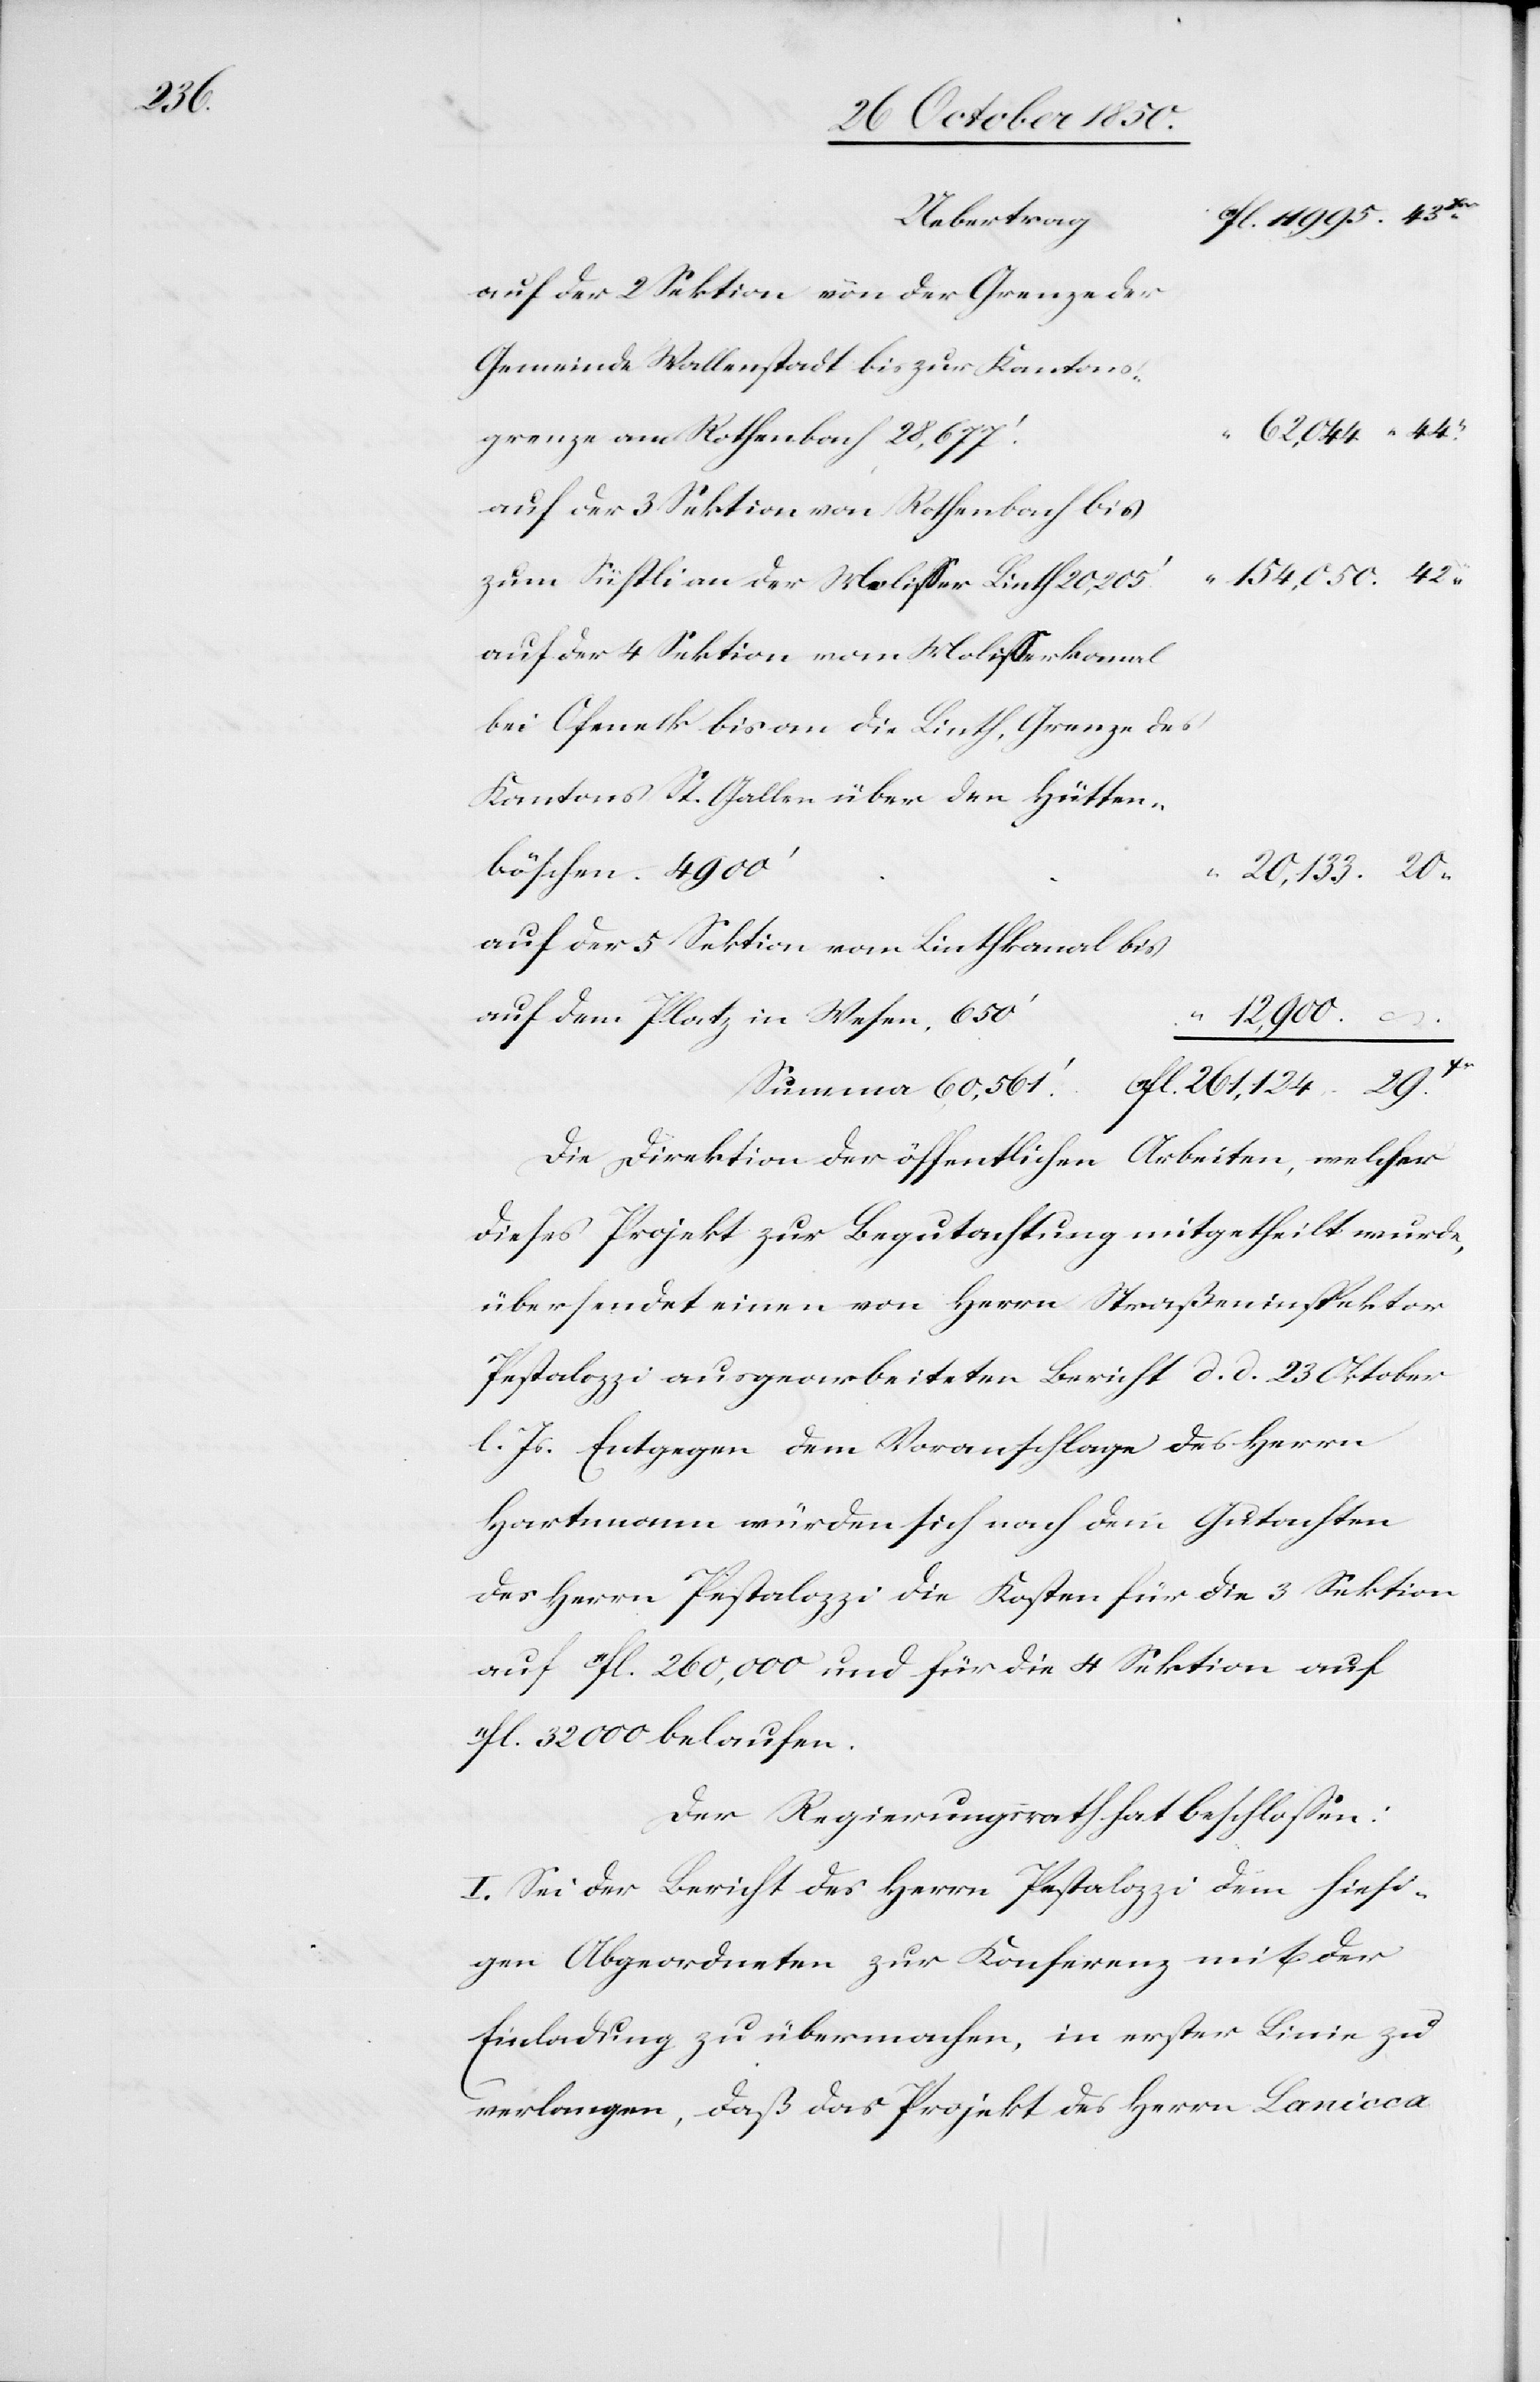
11fl.

Uebertrag
auf der 2 Sektion von der Grenze der
Gemeinde Wallenstadt bis zur Kantons¬
62,044
grenze am Rothenbach 28,677‘
zum Süstli an der Molisser Linth 20,205‘
auf der 4 Sektion vom Molisserkanal
bei Ofeneck bis an die Linth, Grenze des
Kantons St. Gallen über den Hütten¬
böschen 4900‘
auf der 5 Sektion vom Linthkanal bis
auf dem Platz in Wesen, 650‘
12,900
“
Summa
Die Direktion der öffentlichen Arbeiten, welcher
dieses Projekt zur Begutachtung mitgetheilt wurde,
übersendet einen von Herrn Straßeninspektor
Pestalozzi ausgearbeiteten Bericht d. d. 23 Oktober
l. Js. Entgegen dem Voranschlage des Herrn
Hartmann würden sich nach dem Gutachten
des Herrn Pestalozzi die Kosten für die 3 Sektion
auf 11fl. 260,000 und für die 4 Sektion auf
11fl. 32 000 belaufen.
Der Regierungsrath hat beschlossen:
I. Sei der Bericht des Herrn Pestalozzi dem hiesi¬
gen Abgeordneten zur Konferenz mit der
Einladung zu übermachen, in erster Linie zu
verlangen, daß das Projekt des Herrn Lanicca